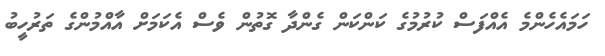
ހަމައެހެންމެ އެއްފަސް ކުރުމުގެ ކަންކަން ގެންދާ ގޮތުން ވެސް އެކަމަށް އާއްމުންގެ ތަރުހީބު